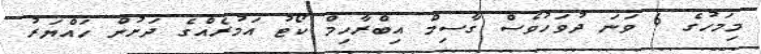
މިމަހުގެ 6 ވަނަ ދުވަހުވެސް ގާސިމް އިބްރާހިމް ކޯޓު އަމުރެއްގެ ދަށުން ހައްޔަރު